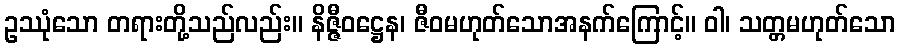
ဥဿုံသော တရားတို့သည်လည်း။ နိဇ္ဇီဝဋ္ဌေန၊ ဇီဝမဟုတ်သောအနက်ကြောင့်။ ဝါ၊ သတ္တမဟုတ်သော